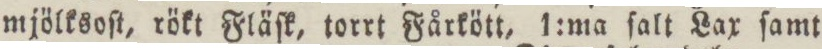
mjölksoſt, rökt Fläſt, torrt Fårkött, 1:ma falt Lax ſamt